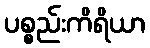
ပစ္စည်းကိရိယာ